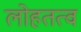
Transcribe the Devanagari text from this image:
लोहतत्व